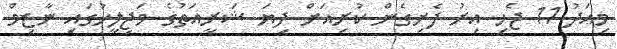
މިއަދު 11 ޖެހި އިރު ފެށިގެން ކުރިއަށް ދިޔަ ޝަރީއަތުގެ މަޖިލީހުގައި ނާޒިމް